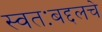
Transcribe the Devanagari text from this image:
स्वतःबद्दलचे